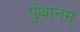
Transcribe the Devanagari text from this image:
पुंथानम्